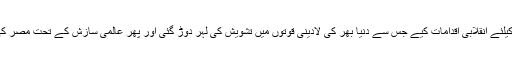
انہوں نے اپنے عرصہ صدارت میں صرف ایک سال میں ہی مصر اور عالم اسلام کی ترقی کیلئے انقلابی اقدامات کیے جس سے دنیا بھر کی لادینی قوتوں میں تشویش کی لہر دوڑ گئی اور پھر عالمی سازش کے تحت مصر کی عوامی حکومت کو ختم کر کے ڈکٹیٹر جنرل سیسی کو مصر کی عوام پر مسلط کر دیا گیا۔